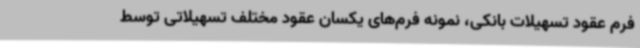
فرم عقود تسهیلات بانکی، نمونه فرم‌های یکسان عقود مختلف تسهیلاتی توسط